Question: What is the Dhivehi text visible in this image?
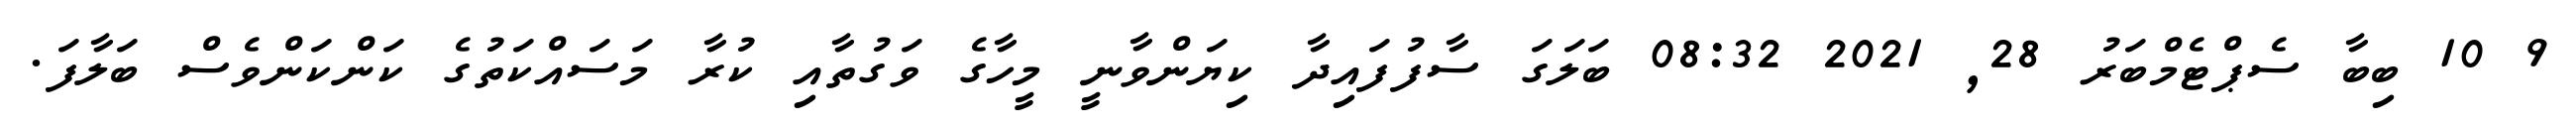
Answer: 9 10 ބިބާ ސެޕްޓެމްބަރު 28, 2021 08:32 ބަލަގަ ސާފުފައިދާ ކިޔަންވާނީ މީހާގެ ވަގުތާއި ކުރާ މަސައްކަތުގެ ކަންކަންވެސް ބަލާފަ.